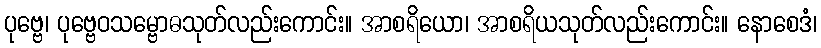
ပုဗ္ဗေ၊ ပုဗ္ဗေဝသမ္ဗောဓသုတ်လည်းကောင်း။ အာစရိယော၊ အာစရိယသုတ်လည်းကောင်း။ နောစေဒံ၊